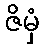
ဇိမှံ